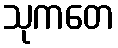
သုကတေ